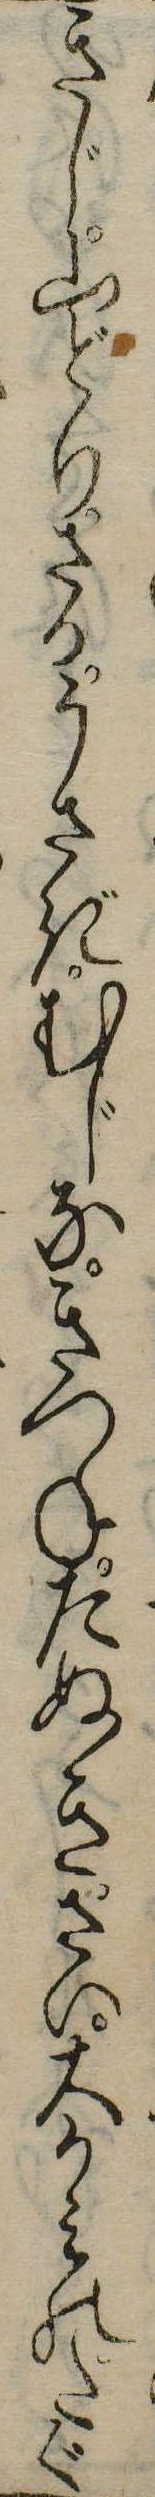
きじ山どりさるうさぎむじなきつねたぬきさい大かみのたぐ